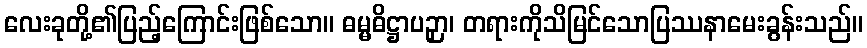
လေးခုတို့၏ပြည့်ကြောင်းဖြစ်သော။ ဓမ္မဓိဋ္ဌာပဉှာ၊ တရားကိုသိမြင်သောပြဿနာမေးခွန်းသည်။